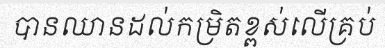
បានឈានដល់កម្រិតខ្ពស់លើគ្រប់